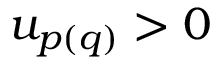
u _ { p ( q ) } > 0